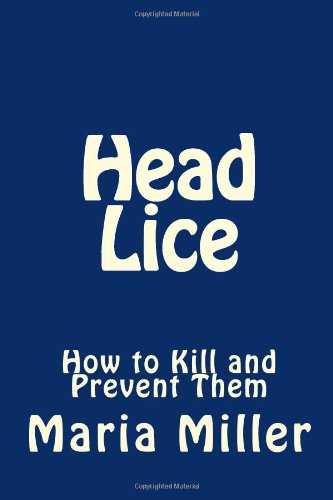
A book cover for Head Lice: How to Kill and Prevent Them; Maria Miller; Health, Fitness & Dieting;